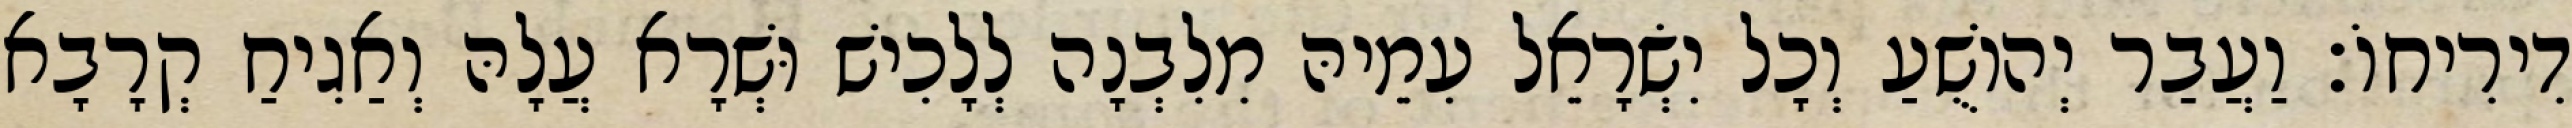
דִירִיחוֹ׃ וַעֲבַר יְהוֹשֻׁעַ וְכָל יִשְׂרָאֵל עִמֵיהּ מִלִבְנָה לְלָכִישׁ וּשְׁרָא עֲלָהּ וְאַגִיחַ קְרָבָא